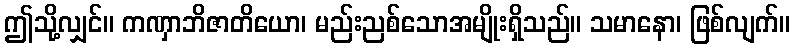
ဤသို့လျှင်။ ကဏှာဘိဇာတိယော၊ မည်းညစ်သောအမျိုးရှိသည်။ သမာနော၊ ဖြစ်လျက်။